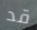
قد